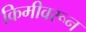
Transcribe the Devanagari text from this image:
किमीवरून